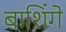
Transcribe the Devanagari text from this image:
बाशिंगे